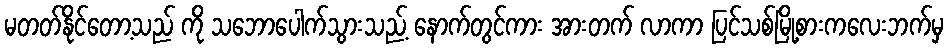
မတတ်နိုင်တော့သည် ကို သဘောပေါက်သွားသည့် နောက်တွင်ကား အားတက် လာကာ ပြင်သစ်မြို့စားကလေးဘက်မှ